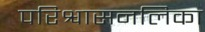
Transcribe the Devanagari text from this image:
परिश्वासनलिका